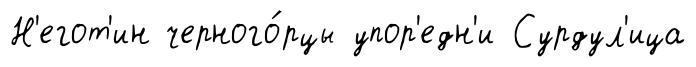
Н'егот'ин черного́рцы упор'едн'и Сурдул'ица